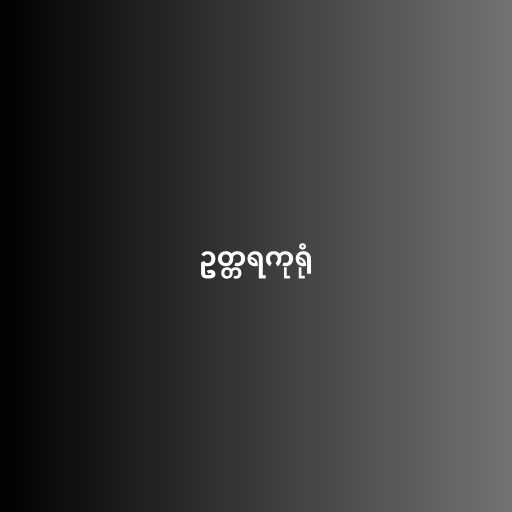
ဥတ္တရကုရုံ